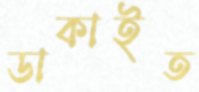
ডাকাইত